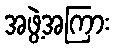
အဖွဲ့အကြား